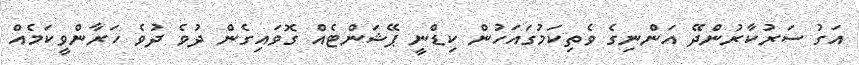
އަގު ސަރުކާރުންދޭ އަންނިގެ ވެތިކަމުގައަހުން ކިޑްނީ ޕޭޝަންޓެއް ގޮވައިގެން ދުވެ ދުވެ ހަރާންވީކަމެއް